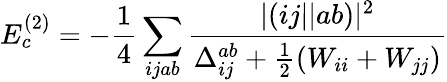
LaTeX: E_{c}^{(2)}=-\frac{1}{4}\sum_{ijab}\frac{|(ij||ab)|^{2}}{\Delta_{ij}^{ab}+\frac{1}{2}(W_{ii}+W_{jj})}